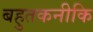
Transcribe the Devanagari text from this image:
बहुतकनीकि